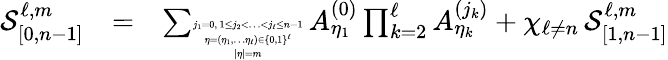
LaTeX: \begin{array}{rlr}{\mathcal{S}_{[0,n-1]}^{\ell,m}}&{=}&{\sum_{\tiny\begin{array}{c}{j_{1}=0,\ 1\leq j_{2}<\ldots<j_{\ell}\leq n-1}\\ {\eta=(\eta_{1},\ldots\eta_{\ell})\in\{ 0,1\} ^{\ell}}\\ {|\eta|=m}\end{array}}A_{\eta_{1}}^{(0)}\prod_{k=2}^{\ell}A_{\eta_{k}}^{(j_{k})}+\chi_{\ell\neq n}\, \mathcal{S}_{[1,n-1]}^{\ell,m}}\end{array}